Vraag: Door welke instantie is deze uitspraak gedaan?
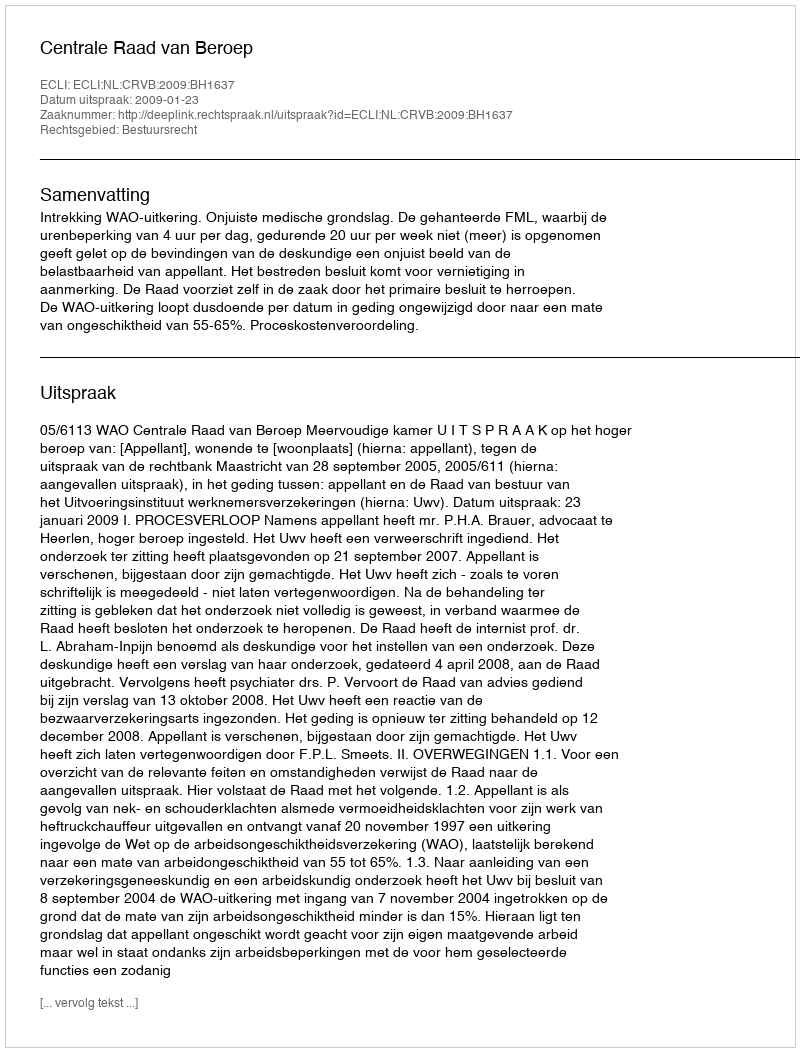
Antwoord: Centrale Raad van Beroep